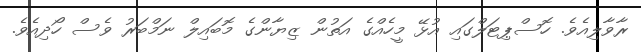
ރާވާލިއެވެ. ހޮސްޕިޓަލްގައި އުޅޭ މީހެއްގެ އަތުން ޒިޔާންގެ މޮބައިލް ނަމްބަރު ވެސް ހޯދިއެވެ.